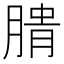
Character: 𰮺